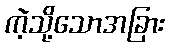
ကဲ့သို့သောအခြား